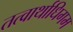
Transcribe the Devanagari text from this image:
तत्वार्थाधिगम